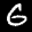
Label: 6